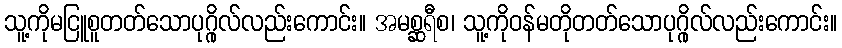
သူ့ကိုမငြူစူတတ်သောပုဂ္ဂိုလ်လည်းကောင်း။ အမစ္ဆရီစ၊ သူ့ကိုဝန်မတိုတတ်သောပုဂ္ဂိုလ်လည်းကောင်း။